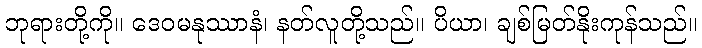
ဘုရားတို့ကို။ ဒေဝမနုဿာနံ၊ နတ်လူတို့သည်။ ပိယာ၊ ချစ်မြတ်နိုးကုန်သည်။